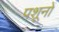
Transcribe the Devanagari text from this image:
पशूनों